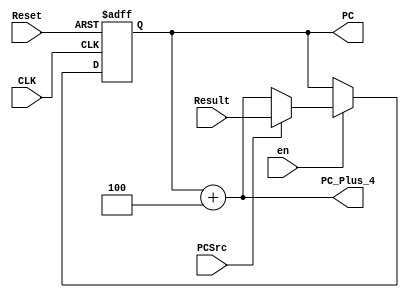
module ProgramCounter(
    input CLK,
    input Reset,
    input PCSrc,
    input [31:0] Result,
    input en,
    
    output reg [31:0] PC,
    output [31:0] PC_Plus_4
); 

// fill your Verilog code here

    always @(posedge CLK or posedge Reset) begin
        if(Reset) PC <= 0;
        else if(~en) PC <= PC;
        else PC <= (PCSrc) ? Result : PC_Plus_4;
    end

    assign PC_Plus_4 = PC + 32'd4; 

endmodule